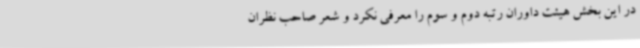
در این بخش هیئت داوران رتبه دوم و سوم را معرفی نکرد و شعر صاحب نظران